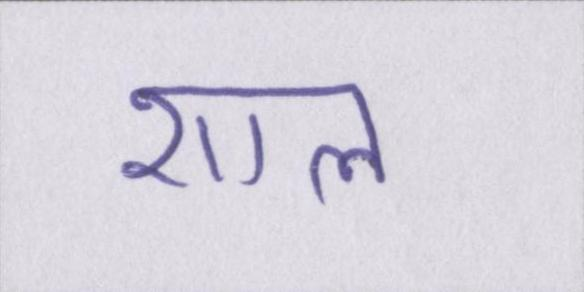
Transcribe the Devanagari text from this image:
शाल